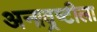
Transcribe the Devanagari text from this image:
अनाव्रष्टीला